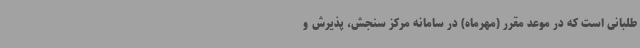
طلبانی است که در موعد مقرر (مهرماه) در سامانه مرکز سنجش، پذیرش و